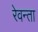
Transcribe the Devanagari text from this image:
रेवन्ता